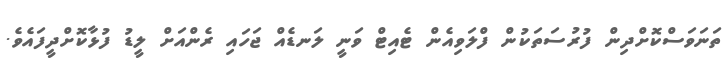
ތަނަވަސްކޮށްދިން ފުރުސަތަކުން ފްލަވިއެން ޓެއިޓް ވަނީ ލަނޑެއް ޖަހައި ރެންއަށް ލީޑު ފުޅާކޮށްދީފައެވެ.